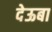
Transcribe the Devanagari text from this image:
देऊबा